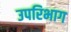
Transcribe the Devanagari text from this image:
उपरिभाग